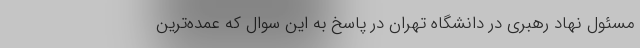
مسئول نهاد رهبری در دانشگاه تهران در پاسخ به این سوال که عمده‌ترین